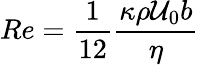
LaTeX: Re=\frac{1}{12}\frac{\kappa\rho\mathcal{U}_{0}b}{\eta}